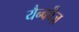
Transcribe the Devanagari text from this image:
यैन्कीज़